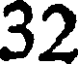
32